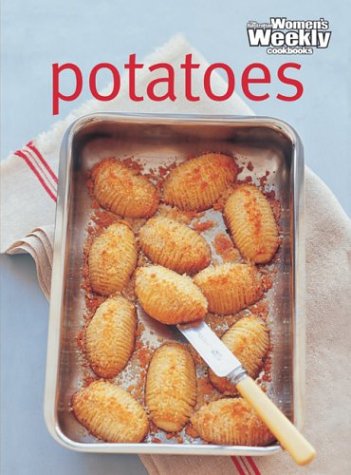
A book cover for Potatoes (The Australian Women's Weekly Essentials); Cookbooks, Food & Wine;